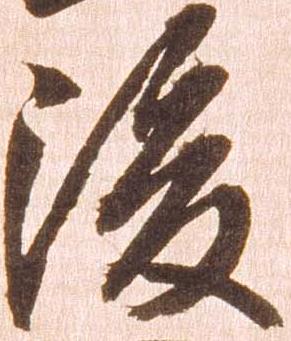
後